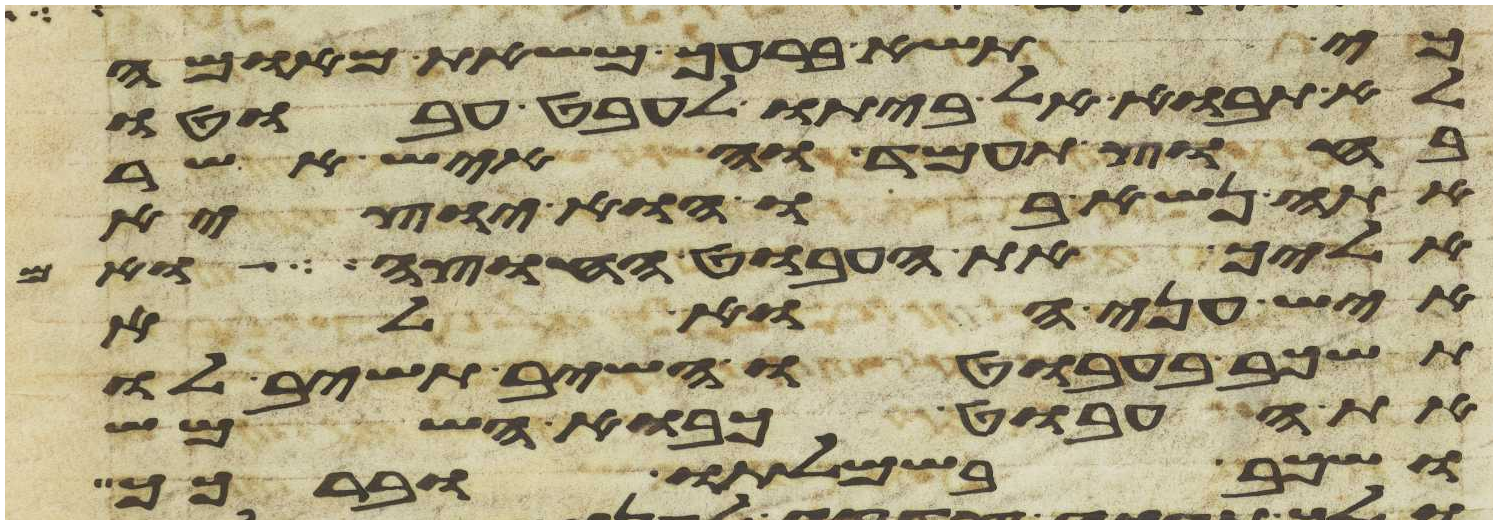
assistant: כי תשא ברעך משאת מאומה
לא תבוא אל ביתו לעבט עבוטו
בחוץ תעמד והאיש אשר
אתה נשא בו הוא יוצא
אליך את העבוט החוצה ואם
איש עני הוא לא
תשכב בעבוטו השב תשיב לו
את העבוט כבוא השמש
ושכב בשמלתו וברכך